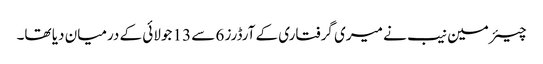
چیئرمین نیب نے میری گرفتاری کے آرڈرز 6 سے 13 جولائی کے درمیان دیا تھا۔